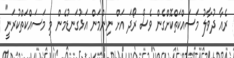
ރެއާ ދުވާލު މަސައްކަތްކޮށްގެން ވެސް ރޯދަ އަށް ނިންމަން އަޅުގަނޑުމެން މި މަސައްކަތްކުރަނީ"